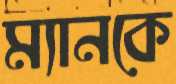
ম্যানকে